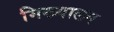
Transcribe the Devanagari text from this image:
मिख्यालय